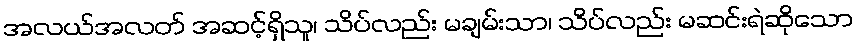
အလယ်အလတ် အဆင့်ရှိသူ၊ သိပ်လည်း မချမ်းသာ၊ သိပ်လည်း မဆင်းရဲဆိုသော